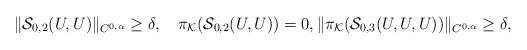
LaTeX: \begin{align*}\|\mathcal{S}_{0,2}(U,U)\|_{C^{0,\alpha}}\geq \delta, \quad\pi_{\mathcal{K}}(\mathcal{S}_{0,2}(U,U))=0,\|\pi_{\mathcal{K}}(\mathcal{S}_{0,3}(U,U,U))\|_{C^{0,\alpha}}\geq\delta,\end{align*}